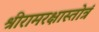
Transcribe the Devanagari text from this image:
श्रीरामरक्षास्तोत्रं